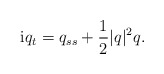
\begin{align*}{\rm i}q_{t} = q_{ss}+\frac{1}{2}\lvert q\rvert^{2}q.\end{align*}